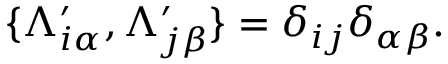
\{ \Lambda _ { i \alpha } ^ { \prime } , \Lambda _ { j \beta } ^ { \prime } \} = \delta _ { i j } \delta _ { \alpha \beta } .